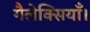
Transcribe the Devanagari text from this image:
गैलेक्सियाँ।